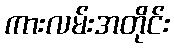
ကားလမ်းအတိုင်း